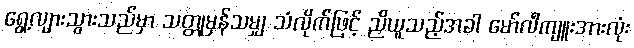
ရွေ့လျားသွားသည်မှာ သတ္တုမှန်သမျှ သံလိုက်ဖြင့် ညှိယူသည့်အခါ မော်လီကျူးအားလုံး